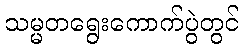
သမ္မတရွေးကောက်ပွဲတွင်